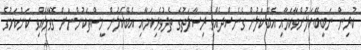
ކުރިން ނަބީބޭކަލުންވާކަމާއި އެބޭކަލުން ގެނެސްދެއްވި ރިސާލަތުގެ ތެދުވެރިކަމާއި އެބޭކަލުން މީސްތަކުންނަށް ގޮވާލެއްވި ކަންކަމުގެ